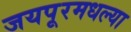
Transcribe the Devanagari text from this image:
जयपूरमधल्या